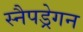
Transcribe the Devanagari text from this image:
स्नैपड्रेगन